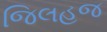
જિલહજ